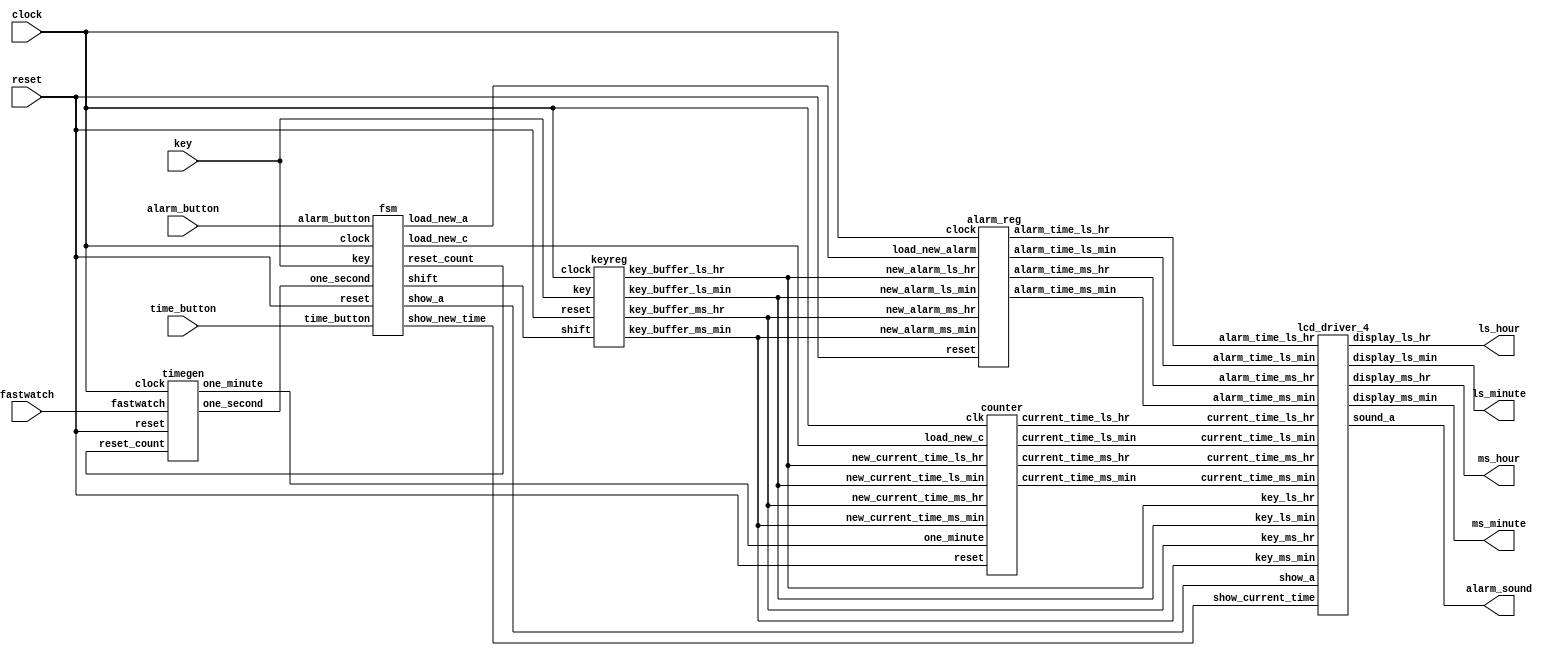
`timescale 1ns / 1ps
//////////////////////////////////////////////////////////////////////////////////
// Company: 
// Engineer: 
// 
// Design Name: 
// Module Name: alarm
// Project Name: 
// Target Devices: 
// Tool Versions: 
// Description: 
// 
// Dependencies: 
// 
// Revision:
// Revision 0.01 - File Created
// Additional Comments:
// 
//////////////////////////////////////////////////////////////////////////////////

module alarm_clock_top(clock,
	               key,
		       reset,
		       time_button,
		       alarm_button,
		       fastwatch,
		       ms_hour,
		       ls_hour,
		       ms_minute,
		       ls_minute,
		       alarm_sound);
// Define port directions for the signals
input clock,
      reset,
      time_button,
      alarm_button,
      fastwatch;

input [3:0] key;

output [7:0] ms_hour,
	     ls_hour,
	     ms_minute,
	     ls_minute;

output alarm_sound;

//Define the Interconnecting internal wires
wire one_second, 
     one_minute,
     load_new_c,
     load_new_a,
     show_current_time,
     show_a,
     shift,
     reset_count;
     
wire [3:0] key_buffer_ms_hr,
           key_buffer_ls_hr,
           key_buffer_ms_min,
           key_buffer_ls_min,
           current_time_ms_hr,
           current_time_ls_hr,
           current_time_ms_min,
           current_time_ls_min,
           alarm_time_ms_hr,
           alarm_time_ls_hr,
           alarm_time_ms_min,
           alarm_time_ls_min;

//Instantiate lower sub-modules. Use interconnect(Internal) signals for connecting the sub modules

// Instantiate the timing generator module
timegen tgen1   (.clock(clock),
                .reset(reset),
                .fastwatch(fastwatch),
                .one_second(one_second),
                .one_minute(one_minute),
                .reset_count(reset_count));

// Instantiate the counter module
counter count1 (.one_minute(one_minute),
                .new_current_time_ms_min(key_buffer_ms_min),
                .new_current_time_ls_min(key_buffer_ls_min),
                .new_current_time_ms_hr(key_buffer_ms_hr),
                .new_current_time_ls_hr(key_buffer_ls_hr),
                .load_new_c(load_new_c),
                .clk(clock),
                .reset(reset),
                .current_time_ms_min(current_time_ms_min),
                .current_time_ls_min(current_time_ls_min),
                .current_time_ms_hr(current_time_ms_hr),
                .current_time_ls_hr(current_time_ls_hr)
                );

// Instantiate the alarm register module
alarm_reg alreg1  (.new_alarm_ms_hr(key_buffer_ms_hr),
              .new_alarm_ls_hr(key_buffer_ls_hr),
              .new_alarm_ms_min(key_buffer_ms_min),
              .new_alarm_ls_min(key_buffer_ls_min),
              .load_new_alarm(load_new_a),
              .clock(clock),
              .reset(reset),
              .alarm_time_ms_hr(alarm_time_ms_hr),
              .alarm_time_ls_hr(alarm_time_ls_hr),
              .alarm_time_ms_min(alarm_time_ms_min),
              .alarm_time_ls_min(alarm_time_ls_min));

// Instantiate the key register module
keyreg keyreg1(.reset(reset),
               .clock(clock),
               .shift(shift),
               .key(key),
               .key_buffer_ls_min(key_buffer_ls_min),
               .key_buffer_ms_min(key_buffer_ms_min),
               .key_buffer_ls_hr(key_buffer_ls_hr),
               .key_buffer_ms_hr(key_buffer_ms_hr)
               );

// Instantiate the FSM controller
fsm   fsm1  (.clock(clock),
            .reset(reset),
            .one_second(one_second),
            .time_button(time_button),
            .alarm_button(alarm_button),
            .key(key),
            .load_new_a(load_new_a),
            .show_a(show_a),
            .reset_count(reset_count),
            .show_new_time(show_current_time),              
            .load_new_c(load_new_c),              
            .shift(shift)
             );
// Instantiate the lcd_driver_4 module
lcd_driver_4 lcd_disp  (.alarm_time_ms_hr(alarm_time_ms_hr),
               .alarm_time_ls_hr(alarm_time_ls_hr),
               .alarm_time_ms_min(alarm_time_ms_min),
               .alarm_time_ls_min(alarm_time_ls_min),
               .current_time_ms_hr(current_time_ms_hr),
               .current_time_ls_hr(current_time_ls_hr),
               .current_time_ms_min(current_time_ms_min),
               .current_time_ls_min(current_time_ls_min),
               .key_ms_hr(key_buffer_ms_hr),
               .key_ls_hr(key_buffer_ls_hr),
               .key_ms_min(key_buffer_ms_min),
               .key_ls_min(key_buffer_ls_min),
               .show_a(show_a),
               .show_current_time(show_current_time),
               .display_ms_hr(ms_hour),
               .display_ls_hr(ls_hour),
               .display_ms_min(ms_minute),
               .display_ls_min(ls_minute),
               .sound_a(alarm_sound));

endmodule

module alarm_reg (new_alarm_ms_hr,
              new_alarm_ls_hr,
              new_alarm_ms_min,
              new_alarm_ls_min,
              load_new_alarm,
              clock,
              reset,
              alarm_time_ms_hr,
              alarm_time_ls_hr,
              alarm_time_ms_min,
              alarm_time_ls_min );

// Define input and output port directions
input [3:0]new_alarm_ms_hr,
           new_alarm_ls_hr,
           new_alarm_ms_min,
           new_alarm_ls_min;

input load_new_alarm;
input clock;
input reset;

output reg [3:0] alarm_time_ms_hr,
                 alarm_time_ls_hr,
                 alarm_time_ms_min,
                 alarm_time_ls_min;

//Lodable Register which stores alarm time  
always @ (posedge clock or posedge reset)
begin
  // Upon reset, store reset value(1'b0) to the alarm_time registers
  if(reset)
  begin
    alarm_time_ms_hr  <= 4'b0;
    alarm_time_ls_hr  <= 4'b0;
    alarm_time_ms_min <= 4'b0;
    alarm_time_ls_min <= 4'b0;
  end
// If no reset, check for load_new_alarm signal and load new_alarm time to alarm_time registers
  else if(load_new_alarm)
  begin
    alarm_time_ms_hr  <= new_alarm_ms_hr;
    alarm_time_ls_hr  <= new_alarm_ls_hr;
    alarm_time_ms_min <= new_alarm_ms_min;
    alarm_time_ls_min <= new_alarm_ls_min;
  end
end

endmodule
module counter (clk,
	        reset,
		one_minute,
		load_new_c,
		new_current_time_ms_hr,
		new_current_time_ms_min,
		new_current_time_ls_hr,
		new_current_time_ls_min,
		current_time_ms_hr,
		current_time_ms_min,
		current_time_ls_hr,
		current_time_ls_min);
// Define input and output port directions
input clk,
      reset,
      one_minute,
      load_new_c;

input[3:0] new_current_time_ms_hr,
           new_current_time_ms_min,
           new_current_time_ls_hr,
           new_current_time_ls_min;

output [3:0] current_time_ms_hr,
             current_time_ms_min,
             current_time_ls_hr,
             current_time_ls_min;
// Define register to store current time
reg [3:0] current_time_ms_hr,
          current_time_ms_min,
          current_time_ls_hr,
          current_time_ls_min;

// Lodable Binary up synchronous Counter logic                                 /******************************

// Write an always block with asynchronous reset 
always@( posedge clk or posedge reset)                                         
 begin              
    // Check for reset signal and upon reset load the current_time register with default value (1'b0)                                                                                                       
    if(reset)                                                                 
      begin
	current_time_ms_hr  <= 4'd0;                                          
        current_time_ms_min <= 4'd0;                                          
        current_time_ls_hr  <= 4'd0;
        current_time_ls_min <= 4'd0;
       end
    // Else if there is no reset, then check for load_new_c signal and load new_current_time to current_time register
     else if(load_new_c)
       begin                                                                
	 current_time_ms_hr  <= new_current_time_ms_hr;                     //   Corner cases: ms_hr ls_hr :ms_min ls_min
	 current_time_ms_min <= new_current_time_ms_min;                    //              2       3       5       9  -> 00:00
	 current_time_ls_hr  <= new_current_time_ls_hr;                     //              0       9       5       9  -> 10:00
	 current_time_ls_min <= new_current_time_ls_min;                    //              0       0       5       9  -> 01:00
       end                                                                  //              0       0       0       9  -> 00:10
    // Else if there is no load_new_c signal, then check for one_minute signal and implement the counting algorithm
      else if (one_minute == 1)
       begin
    // Check for the corner case
    // If the current_time is 23:59, then the next current_time will be 00:00
        if(current_time_ms_hr == 4'd2 && current_time_ms_min == 4'd5 &&
           current_time_ls_hr == 4'd3 && current_time_ls_min == 4'd9)
           begin
               current_time_ms_hr  <= 4'd0;
   	       current_time_ms_min <= 4'd0;
	       current_time_ls_hr  <= 4'd0;
 	       current_time_ls_min <= 4'd0;
           end
     // Else check if the current_time is 09:59, then the next current_time will be 10:00
         else if(current_time_ls_hr == 4'd9 && current_time_ms_min == 4'd5
                   && current_time_ls_min == 4'd9)
            begin
		current_time_ms_hr <= current_time_ms_hr + 1'd1;
                current_time_ls_hr <= 4'd0;
                current_time_ms_min <= 4'd0;
                current_time_ls_min <= 4'd0;
            end
     // Else check if the time represented by minutes is 59, Increment the LS_HR by 1 and set MS_MIN and LS_MIN to 1'b0
        else if (current_time_ms_min == 4'd5 && current_time_ls_min == 4'd9)
            begin
                current_time_ls_hr <= current_time_ls_hr + 1'd1;
		current_time_ms_min <= 4'd0;
                current_time_ls_min <= 4'd0;
            end
     // Else check if the LS_MIN is equal to 9, Increment the MS_MIN by 1 and set MS_MIN to 1'b0
	 else if(current_time_ls_min == 4'd9)
	    begin
		current_time_ms_min <= current_time_ms_min + 1'd1;
		current_time_ls_min <= 4'd0;
            end
     // Else just increment the LS_MIN by 1
         else
            begin
           	current_time_ls_min <= current_time_ls_min + 1'b1;
            end
       end
    end

endmodule
module fsm (clock,
            reset,
            one_second,
            time_button,
            alarm_button,
            key,
            reset_count,
            load_new_a,
            show_a,
            show_new_time,              
            load_new_c,              
            shift);
// Define the input and output port direction
input clock, 
      reset, 
      one_second,
      time_button, 
      alarm_button;

input [3:0] key;

output load_new_a,
       show_a,
       show_new_time,
       load_new_c,
       shift,
       reset_count;
       
// Define internal register for present state and next state 
reg [2:0] pre_state,next_state;
// Define internal signal for timeout logic
wire time_out;
// Define registers for counting 10 secs in KEY_ENTRY and KEY_WAITED state
reg [3:0] count1,count2;

//states definition
parameter SHOW_TIME         = 3'b000;
parameter KEY_ENTRY         = 3'b001;
parameter KEY_STORED        = 3'b010; 
parameter SHOW_ALARM        = 3'b011;
parameter SET_ALARM_TIME    = 3'b100;
parameter SET_CURRENT_TIME  = 3'b101;
parameter KEY_WAITED        = 3'b110;
parameter NOKEY             = 10;

//Counts 10 seconds pulses for KEY_ENTRY state
always @ (posedge clock or posedge reset)
begin
  // Upon reset, set the count1 value to 1'b0
  if(reset)
     count1 <= 4'd0;
  // Else check if present state is a state other than KEY_ENTRY, then set the count1 value to 1'b0
  else if(!(pre_state == KEY_ENTRY))
     count1 <= 4'd0;
  // Else check if the count1 value reaches 'd9, then set the count1 to 1'b0
  else if (count1==9)
     count1 <= 4'd0;
  // Else increment the count for every one_second pulse
  else if(one_second)
     count1 <= count1 + 1'b1;
end

//Counts 10 seconds pulses for KEY_WAITED state
always @ (posedge clock or posedge reset)
begin
  // Upon reset, set the count2 value to 1'b0
  if(reset)
     count2 <= 4'd0;
  // Else check if present state is a state other than KEY_WAITED, then set the count2 value to 1'b0
  else if(!(pre_state == KEY_WAITED))
     count2 <= 4'd0;
  // Else check if the count2 value reaches 'd9, then set the count2 to 1'b0
  else if (count2==9)
     count2 <= 4'd0;
  // Else increment the count for every one_second pulse
  else if(one_second)
     count2 <= count2 + 1'b1;
end

//Time out logic  // Assert time_out signal whenever the count1 or count2 reaches 'd9
assign time_out=((count1==9) || (count2==9)) ? 0 : 1;

//Present state logic 
always @ (posedge clock or posedge reset) 
begin
  // Upon reset, assign the present_state as "SHOW_TIME"
  if(reset)
     pre_state <= SHOW_TIME;
  // Else if there is no reset then assign the present_state as next_state
  else
     pre_state <= next_state;
end

//Next state logic 
// Whenever there is a change in input, check for present_state and assign next_state with approriate state
always @ (pre_state or key or alarm_button or time_button or time_out)
begin
  case(pre_state)
       // State transition from SHOW_TIME to other state
       SHOW_TIME  : begin
                    // Check if alarm_button is pressed, then the next state is SHOW_ALARM
                     if (alarm_button)
                       next_state = SHOW_ALARM;
                    // Else check if the key is pressed or not, If key pressed, then next_state is KEY_STORED
                     else if (key != NOKEY)
                        next_state = KEY_STORED;
                    // Else if the key is not pressed, then next_state is SHOW_TIME state
		     else
                        next_state = SHOW_TIME; 						  
                    end
       // In KEY_STORED state assign next_state as KEY_WAITED 
       KEY_STORED : next_state = KEY_WAITED;
       // State transition from KEY_WAITED state
       KEY_WAITED : begin
                    // Check if the pressed key is released, If the key is released then next_state is KEY_ENTRY state
                     if (key == NOKEY)  
                       next_state = KEY_ENTRY;
                    // Else check if active low time_out signal is asserted, If asserted, then next_state is SHOW_TIME state
                     else if(time_out == 0)
                       next_state = SHOW_TIME;
                    // Else the next_state is KEY_WAITED state
                     else
                        next_state = KEY_WAITED;
	           end
       // State transition from KEY_ENTRY state
       KEY_ENTRY  : begin
                    // Check if the alarm_button is pressed, if pressed then set the next_state as SET_ALARM_TIME state     
                      if (alarm_button)
                       next_state = SET_ALARM_TIME;
                    // Else if the time_button is pressed, then set the next_state as SET_CURRENT_TIME state  
                      else if (time_button)
                       next_state = SET_CURRENT_TIME;
                    // Else if 10sec timeout is asserted, then set the next_state as SHOW_TIME state
                      else if (time_out == 0) 
                       next_state = SHOW_TIME;
                    // Else if the key is pressed, then set the next_state as KEY_STORED state
                      else if (key != NOKEY)
                       next_state =KEY_STORED;
                    // Else the next_state is KEY_ENTRY state
		      else
                       next_state = KEY_ENTRY;	  
                    end
      // State transition from SHOW_ALARM state
      SHOW_ALARM  : begin
                    // If alarm_button is pressed, then set next_state as SHOW_ALARM state else next_state is SHOW_TIME state
                      if (!alarm_button)
                       next_state = SHOW_TIME;
		      else
                       next_state = SHOW_ALARM;		  
                    end
   // In SET_ALARM_TIME state assign next_state as SHOW_TIME
   SET_ALARM_TIME : next_state = SHOW_TIME;
   // In SET_ALARM_TIME state assign next_state as SHOW_TIME
   SET_CURRENT_TIME : next_state = SHOW_TIME;
   // Set default state as SHOW_TIME state
          default : next_state = SHOW_TIME;

  endcase
end
       
//Moore FSM outputs 

// Assert show_new_time signal, when present state is either KEY_ENTRY or KEY_STORED or KEY_WAITED state       
assign show_new_time = (pre_state == KEY_ENTRY||
                        pre_state == KEY_STORED||
                        pre_state == KEY_WAITED) ? 1 : 0;
// Assert show_a signal when present state is SHOW_ALARM
assign show_a        = (pre_state == SHOW_ALARM) ? 1 : 0;
// Assert load_new_a signal when present state is SET_ALARM_TIME state
assign load_new_a    = (pre_state == SET_ALARM_TIME) ? 1 : 0;
// Assert load_new_c signal when present state is SET_CURRENT_TIME state
assign load_new_c    = (pre_state == SET_CURRENT_TIME) ? 1 : 0;
// Assert reset_count signal when present state is SET_CURRENT_TIME state
assign reset_count   = (pre_state == SET_CURRENT_TIME) ? 1 : 0;
// Assert shift signal when present state is KEY_STORED state
assign shift         = (pre_state == KEY_STORED) ? 1 : 0;

endmodule
module keyreg(reset,
              clock,
              shift,
              key,
              key_buffer_ls_min,
              key_buffer_ms_min,
              key_buffer_ls_hr,
              key_buffer_ms_hr);
// Define input and output port direction
  input reset,
        clock,
        shift;
  input [3:0] key;
  output reg [3:0]  key_buffer_ls_min,
                    key_buffer_ms_min,
                    key_buffer_ls_hr,
                    key_buffer_ms_hr;



///////////////////////////////////////////////////////////////////
// This procedure stores the last 4 keys pressed. The FSM block
// detects the new key value and triggers the shift pulse to shift
// in the new key value.
///////////////////////////////////////////////////////////////////
always @(posedge clock or posedge reset)
begin
  // For asynchronous reset, reset the key_buffer output register to 1'b0
  if (reset)
  begin
    key_buffer_ls_min <= 0;
    key_buffer_ms_min <= 0;
    key_buffer_ls_hr <= 0;
    key_buffer_ms_hr <= 0;
  end
  // Else if there is a shift, perform left shift from LS_MIN to MS_HR
  else  if (shift == 1)
  begin
    key_buffer_ms_hr  <= key_buffer_ls_hr;
    key_buffer_ls_hr  <= key_buffer_ms_min;
    key_buffer_ms_min <= key_buffer_ls_min;
    key_buffer_ls_min <= key;
  end

end

endmodule
module lcd_driver (alarm_time,
                   current_time,
                   show_alarm,
                   show_new_time,
                   key,display_time,
                   sound_alarm);
//Define input and output ports direction
input [3:0] key;
input [3:0]alarm_time;
input [3:0]current_time;
input show_alarm;
input show_new_time;


output reg [7:0]display_time;
output reg sound_alarm;

//Define the internal signals  
reg [3:0]display_value ;

//Define the Parameter constants to represent LCD numbers
parameter ZERO   = 8'h30;
parameter ONE    = 8'h31;
parameter TWO    = 8'h32;
parameter THREE  = 8'h33;
parameter FOUR   = 8'h34;
parameter FIVE   = 8'h35;
parameter SIX    = 8'h36;
parameter SEVEN  = 8'h37;
parameter EIGHT  = 8'h38;
parameter NINE   = 8'h39;
parameter ERROR  = 8'h3A;


 

always @ (alarm_time or current_time or show_alarm or show_new_time or key)
  begin
    //Displays the key_time,alarm_time or current_time as per the control signals
    if (show_new_time)
        display_value = key;
    else if (show_alarm)
        display_value = alarm_time;
    else
        display_value = current_time;
    //Generates sound_alarm logic i,e when current_time is equal to alarm_time
    if (current_time == alarm_time)
         sound_alarm = 1'b1;
    else
	 sound_alarm = 1'b0;    
  end

//Decoder logic 
always @ (display_value)
  begin
    case (display_value)
          4'd0 : display_time = ZERO;
          4'd1 : display_time = ONE;
          4'd2 : display_time = TWO;
          4'd3 : display_time = THREE;
          4'd4 : display_time = FOUR;
          4'd5 : display_time = FIVE;
          4'd6 : display_time = SIX;
          4'd7 : display_time = SEVEN;
          4'd8 : display_time = EIGHT;
          4'd9 : display_time = NINE;
       default : display_time = ERROR;
     endcase
   end 


endmodule	
module lcd_driver_4 ( alarm_time_ms_hr,
                      alarm_time_ls_hr,
                      alarm_time_ms_min,
                      alarm_time_ls_min,
                      current_time_ms_hr,
                      current_time_ls_hr,
                      current_time_ms_min,
                      current_time_ls_min,
                      key_ms_hr,
                      key_ls_hr,
                      key_ms_min,
                      key_ls_min,
                      show_a,
                      show_current_time,
                      display_ms_hr,
                      display_ls_hr,
                      display_ms_min,
                      display_ls_min,
                      sound_a);
// Define input and output port directions
input [3:0] alarm_time_ms_hr,
            alarm_time_ls_hr,
            alarm_time_ms_min,
            alarm_time_ls_min,
            current_time_ms_hr,
            current_time_ls_hr,
            current_time_ms_min,
            current_time_ls_min,
            key_ms_hr,
            key_ls_hr,
            key_ms_min,
            key_ls_min;
            
input show_a,
      show_current_time;

output [7:0] display_ms_hr,
             display_ls_hr,
             display_ms_min,
             display_ls_min;

output sound_a;

wire sound_alarm1,sound_alarm2,sound_alarm3,sound_alarm4;
// Assert sound_a when all 4 digits matches
assign sound_a = sound_alarm1 & sound_alarm2 & sound_alarm3 & sound_alarm4 ;

//Instantiate lcd_driver as MS_HR_display
lcd_driver MS_HR (.alarm_time(alarm_time_ms_hr), 
                  .current_time(current_time_ms_hr),
                  .key(key_ms_hr),
                  .show_alarm(show_a),
                  .show_new_time(show_current_time),
                  .display_time(display_ms_hr),
                  .sound_alarm(sound_alarm1));
//Instantiate lcd_driver as LS_HR_display
lcd_driver LS_HR (.alarm_time(alarm_time_ls_hr), 
                  .current_time(current_time_ls_hr),
                  .key(key_ls_hr),
                  .show_alarm(show_a),
                  .show_new_time(show_current_time),
                  .display_time(display_ls_hr),
                  .sound_alarm(sound_alarm2));

//Instantiate lcd_driver as MS_MIN_display
lcd_driver MS_MIN (.alarm_time(alarm_time_ms_min), 
                   .current_time(current_time_ms_min),
                   .key(key_ms_min),
            .show_alarm(show_a),
            .show_new_time(show_current_time),
            .display_time(display_ms_min),
            .sound_alarm(sound_alarm3));

//Instantiate lcd_driver as LS_MIN_display
lcd_driver LS_MIN(.alarm_time(alarm_time_ls_min), 
                  .current_time(current_time_ls_min),
                  .key(key_ls_min),
                  .show_alarm(show_a),
                  .show_new_time(show_current_time),
                  .display_time(display_ls_min),
                  .sound_alarm(sound_alarm4));


endmodule
module timegen(clock,
               reset,
               reset_count,
               fastwatch,
               one_second,
               one_minute
               );
 // Define input and output port directions        
  input clock,
        reset,
        reset_count, //Resets the timegen whenever a new current time is set
        fastwatch;  

  output one_second,
         one_minute;
  // Define internal registers required
  reg [13:0] count;
  reg one_second;
  reg one_minute_reg;
  reg one_minute;
 

//One minute pulse generation
always@(posedge clock or posedge reset)
begin
   // Upon reset, set the one_minute_reg value to zero
   if (reset)
   begin
     count<=14'b0;
     one_minute_reg<=0;
   end
   // Else check if there is a reset from alarm controller and reset the one_minute_reg and count value
   else if (reset_count)
   begin
     count<=14'b0;
     one_minute_reg<=1'b0;
   end
   // Else check if the count value reaches 'd15359 to generate 1 minute pulse
   else if (count[13:0]== 14'd15359)
   begin
     count<=14'b0;
     one_minute_reg<=1'b1;      
   end
   // Else for every posedge of clock just increment the count. 
   else   
   begin
     count<=count+1'b1;
     one_minute_reg<=1'b0;
   end
end
                             
//One second pulse generation
always@(posedge clock or posedge reset)
begin
   // If reset is asserted, set one_second and counter_sec value to zero
   if (reset)
   begin
     one_second<=1'b0;
   end
   // Else check if there is reset from alarm_controller, and reset the one_second and counter_sec value    
   else if (reset_count)
   begin
     one_second<=1'b0;
   end
   // Else check if the count value reaches the 'd255 to generate and count 1 sec pulse        
   else if (count[7:0]==8'd255)
   begin
     one_second<=1'b1;
   end
   // Else set the one_second and counter_sec value to zero
   else     
   begin
     one_second<=1'b0;
   end
end

//Fastwatch Mode Logic that makes the counting faster

always@(*)
   begin
    // If fastwatch is asserted, make one_second equivalent to one_minute
    if(fastwatch)
      one_minute =one_second;
    // Else assert one_minute signal when one_minute_reg is asserted
    else
      one_minute =one_minute_reg; 
   end

endmodule